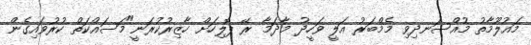
މައުލޫމާތު މުއްސަނދިވި މެމްބަރު އަލީ ވަހީދު މާދަމާ ރޭ ޕޮލިހަށް ހާޒިރުކުރަނީ"މަސައްކަތް ކުރުވައިގެން